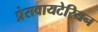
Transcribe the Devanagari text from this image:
प्रेसवायटेरियन